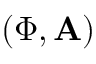
( \Phi , \mathbf { A } )